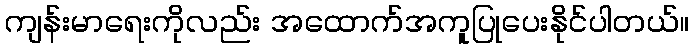
ကျန်းမာရေးကိုလည်း အထောက်အကူပြုပေးနိုင်ပါတယ်။